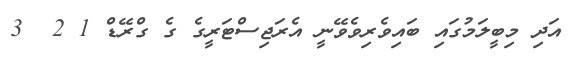
އަދި މިބީލަމުގައި ބައިވެރިވެވޭނީ އެރަޖިސްޓަރީގެ ގެ ގްރޭޑް 1 2  3